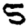
Digit: 5